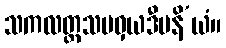
သကလတ္ထသမဝှယဒီပနိ’ယံ။